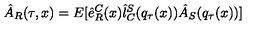
\hat { A } _ { R } ( \tau , x ) = E [ \hat { e } _ { R } ^ { C } ( x ) \hat { l } _ { C } ^ { S } ( q _ { \tau } ( x ) ) \hat { A } _ { S } ( q _ { \tau } ( x ) ) ]